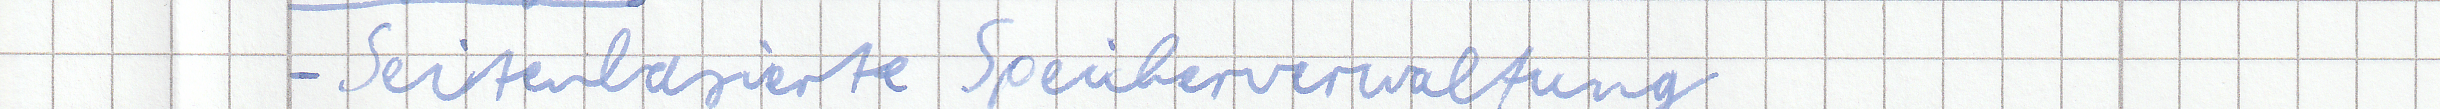
- Seitenbasierte Speicherverwaltung